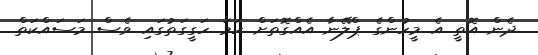
ދެން އޮތީ އެ މީހުންގެ ޕްލޭނާ އެއްގޮތަށް ހަމަ ހަގީގަތުގައި ވެސް މަސައްކަތް